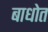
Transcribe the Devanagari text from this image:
बाधोत